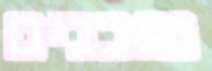
מוכנים